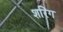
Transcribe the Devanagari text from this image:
शरिंग